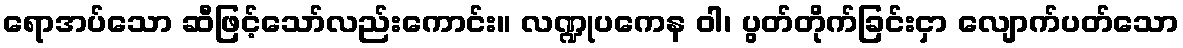
ရောအပ်သော ဆီဖြင့်သော်လည်းကောင်း။ လဏ္ဍုပကေန ဝါ၊ ပွတ်တိုက်ခြင်းငှာ လျောက်ပတ်သော